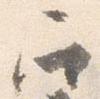
召